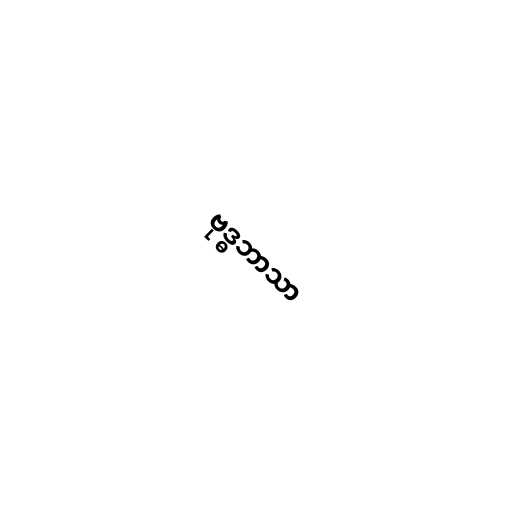
ဗုဒ္ဓဘာသာ